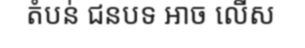
តំបន់ ជនបទ អាច លើស